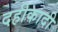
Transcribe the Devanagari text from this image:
दहीकादी